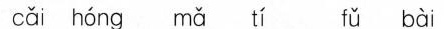
cai hong ma ti fu bai